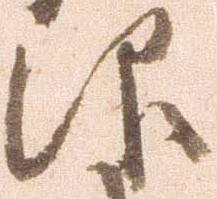
仰